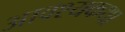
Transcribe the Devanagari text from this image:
आवश्यकथा